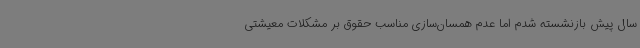
سال پیش بازنشسته شدم اما عدم همسان‌سازی مناسب حقوق بر مشکلات معیشتی